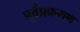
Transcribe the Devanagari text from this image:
पूर्वप्रक्रमण